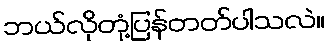
ဘယ်လိုတုံ့ပြန်တတ်ပါသလဲ။